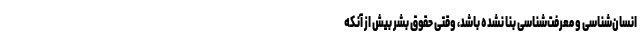
انسان‌شناسی و معرفت‌شناسی بنا نشده باشد، وقتی حقوق بشر بیش از آنکه